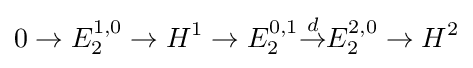
0\to E_{2}^{1,0}\to H^{1}\to E_{2}^{0,1}{\overset {d}{\to }}E_{2}^{2,0}\to H^{2}